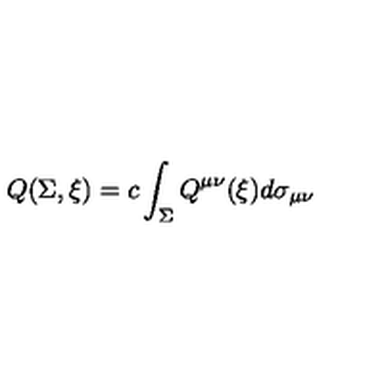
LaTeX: Q ( \Sigma , \xi ) = c \int _ { \Sigma } Q ^ { \mu \nu } ( \xi ) d \sigma _ { \mu \nu }